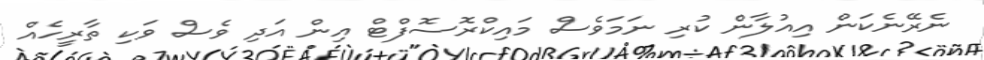
ނެރޭނެކަން އިއުލާން ކުރި ނަމަވެސް މައިކްރޮސޮފްޓް އިން އަދި ވެސް ވަކި ތާރީހެއް